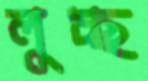
লুচ্ছ